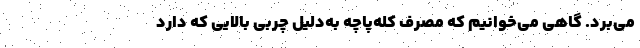
می‌برد. گاهی می‌خوانیم که مصرف کله‌پاچه به‌دلیل چربی بالایی که دارد